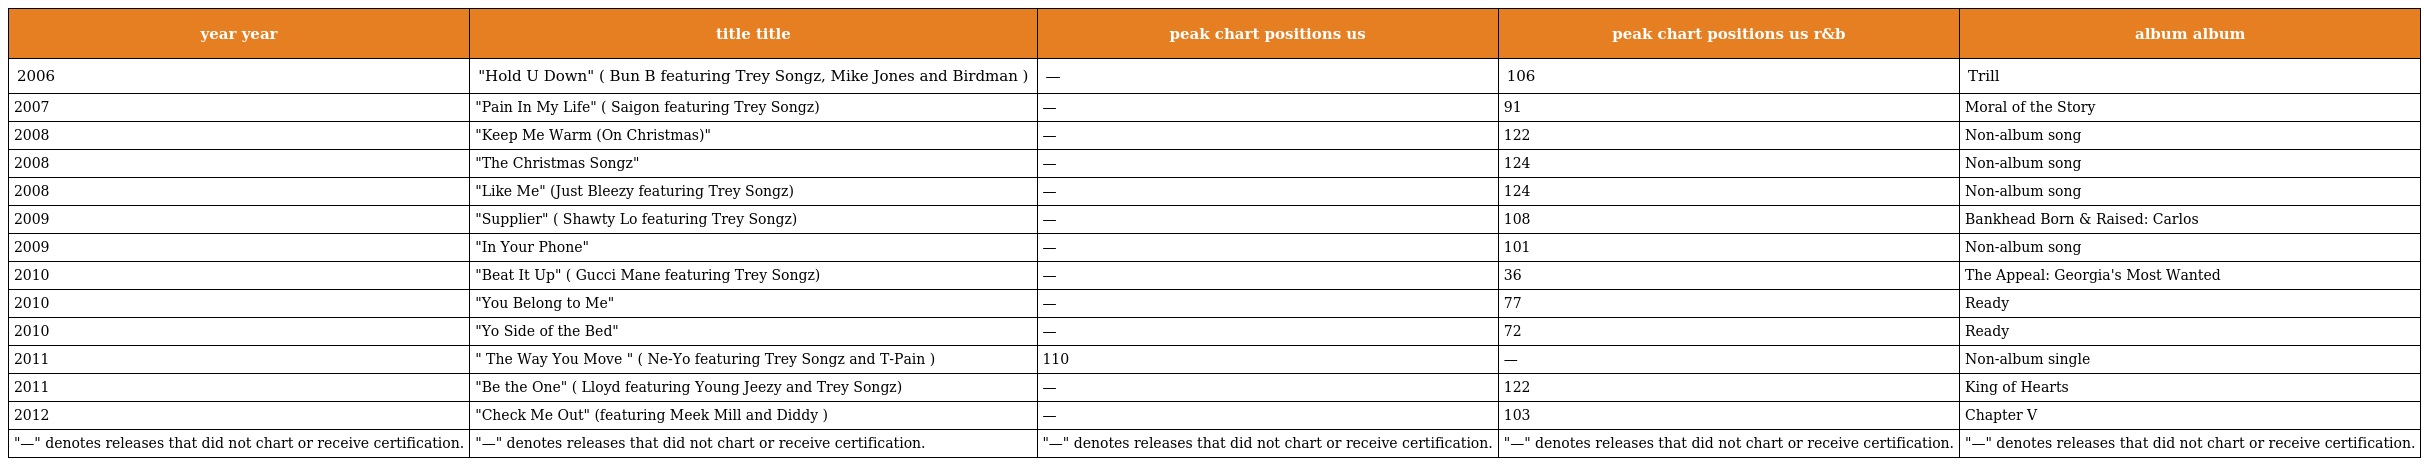
| year year | title title | peak chart positions us | peak chart positions us r&b | album album |
 | --- | --- | --- | --- | --- |
 | 2006 | "Hold U Down" ( Bun B featuring Trey Songz, Mike Jones and Birdman ) | — | 106 | Trill |
 | 2007 | "Pain In My Life" ( Saigon featuring Trey Songz) | — | 91 | Moral of the Story |
 | 2008 | "Keep Me Warm (On Christmas)" | — | 122 | Non-album song |
 | 2008 | "The Christmas Songz" | — | 124 | Non-album song |
 | 2008 | "Like Me" (Just Bleezy featuring Trey Songz) | — | 124 | Non-album song |
 | 2009 | "Supplier" ( Shawty Lo featuring Trey Songz) | — | 108 | Bankhead Born & Raised: Carlos |
 | 2009 | "In Your Phone" | — | 101 | Non-album song |
 | 2010 | "Beat It Up" ( Gucci Mane featuring Trey Songz) | — | 36 | The Appeal: Georgia's Most Wanted |
 | 2010 | "You Belong to Me" | — | 77 | Ready |
 | 2010 | "Yo Side of the Bed" | — | 72 | Ready |
 | 2011 | " The Way You Move " ( Ne-Yo featuring Trey Songz and T-Pain ) | 110 | — | Non-album single |
 | 2011 | "Be the One" ( Lloyd featuring Young Jeezy and Trey Songz) | — | 122 | King of Hearts |
 | 2012 | "Check Me Out" (featuring Meek Mill and Diddy ) | — | 103 | Chapter V |
 | "—" denotes releases that did not chart or receive certification. | "—" denotes releases that did not chart or receive certification. | "—" denotes releases that did not chart or receive certification. | "—" denotes releases that did not chart or receive certification. | "—" denotes releases that did not chart or receive certification. |